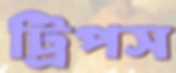
ট্রিপস